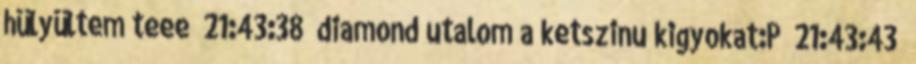
hülyültem teee 21:43:38 diamond utalom a ketszinu kigyokat:P 21:43:43